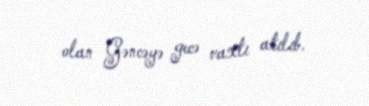
olan Gəncəyə gecə vaxtı atılıb.